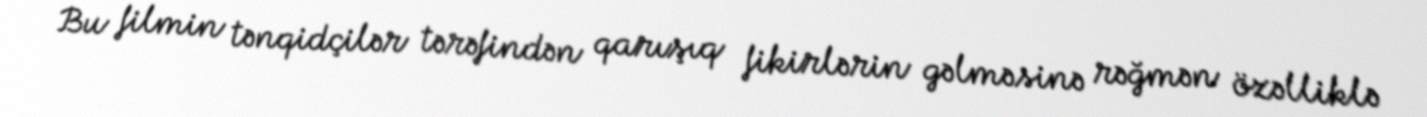
Bu filmin tənqidçilər tərəfindən qarışıq fikirlərin gəlməsinə rəğmən özəlliklə